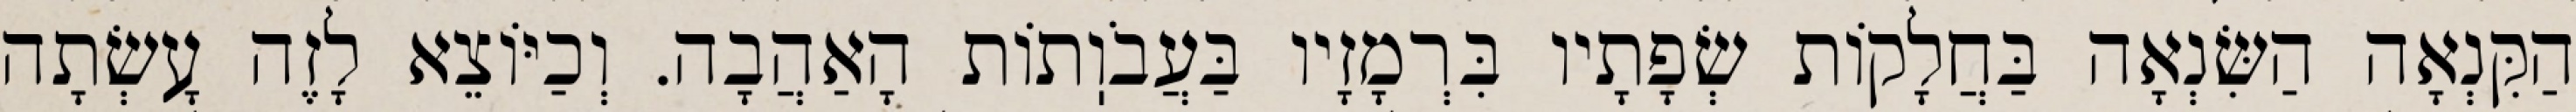
הַקִּנְאָה הַשִּׂנְאָה בַּחֲלָקוֹת שְׂפָתָיו בִּרְמָזָיו בַּעֲבֹוֽתוֹת הָאַהֲבָה. וְכַיּוֹצֵא לָזֶה עָשְׂתָה